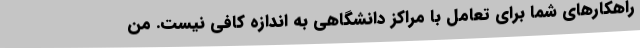
راهکارهای شما برای تعامل با مراکز دانشگاهی به اندازه کافی نیست. من